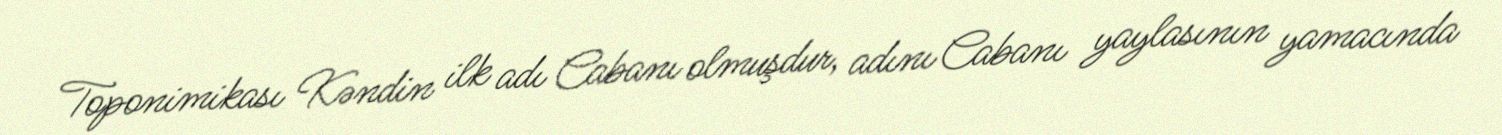
Toponimikası Kəndin ilk adı Cabanı olmuşdur, adını Cabanı yaylasının yamacında